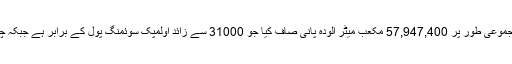
گزشتہ چھ برس سے سبزے والی چٹائیوں نے مجموعی طور پر 57,947,400 مکعب میٹر آلودہ پانی صاف کیا جو 31000 سے زائد اولمپک سوئمنگ پول کے برابر ہے جبکہ چند پیسے فی مکعب میٹر کے اخراجات آئے ہیں۔